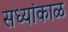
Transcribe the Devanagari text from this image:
सध्यांकाळ